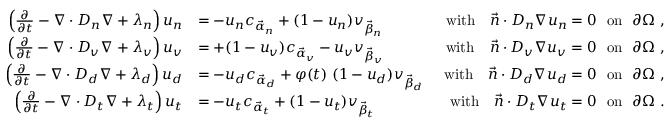
\begin{array} { r l r } { \left( \frac { \partial } { \partial t } - \nabla \cdot D _ { n } \nabla + \lambda _ { n } \right) u _ { n } } & { = - u _ { n } c _ { \vec { \alpha } _ { n } } + ( 1 - u _ { n } ) v _ { \vec { \beta } _ { n } } \ } & { \mathrm { w i t h } \ \ \ \vec { n } \cdot D _ { n } \nabla u _ { n } = 0 \ \ \mathrm { o n } \ \ \partial \Omega \ , } \\ { \left( \frac { \partial } { \partial t } - \nabla \cdot D _ { v } \nabla + \lambda _ { v } \right) u _ { v } } & { = + ( 1 - u _ { v } ) c _ { \vec { \alpha } _ { v } } - u _ { v } v _ { \vec { \beta } _ { v } } \ } & { \mathrm { w i t h } \ \ \ \vec { n } \cdot D _ { v } \nabla u _ { v } = 0 \ \ \mathrm { o n } \ \ \partial \Omega \ , } \\ { \left( \frac { \partial } { \partial t } - \nabla \cdot D _ { d } \nabla + \lambda _ { d } \right) u _ { d } } & { = - u _ { d } c _ { \vec { \alpha } _ { d } } + \varphi ( t ) \ ( 1 - u _ { d } ) v _ { \vec { \beta } _ { d } } \ } & { \mathrm { w i t h } \ \ \ \vec { n } \cdot D _ { d } \nabla u _ { d } = 0 \ \ \mathrm { o n } \ \ \partial \Omega \ , } \\ { \left( \frac { \partial } { \partial t } - \nabla \cdot D _ { t } \nabla + \lambda _ { t } \right) u _ { t } } & { = - u _ { t } c _ { \vec { \alpha } _ { t } } + ( 1 - u _ { t } ) v _ { \vec { \beta } _ { t } } \ } & { \mathrm { w i t h } \ \ \ \vec { n } \cdot D _ { t } \nabla u _ { t } = 0 \ \ \mathrm { o n } \ \ \partial \Omega \ . } \end{array}